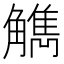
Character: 觹